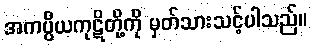
အကပ္ပိယကုဋိတို့ကို မှတ်သားသင့်ပါသည်။